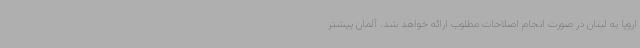
اروپا به لبنان در صورت انجام اصلاحات مطلوب ارائه خواهد شد. آلمان پیشتر